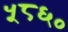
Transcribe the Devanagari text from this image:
५८६०